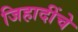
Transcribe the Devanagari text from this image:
जिहादींचे